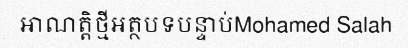
អាណត្តិថ្មីអត្ថបទបន្ទាប់Mohamed Salah